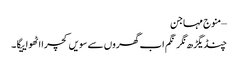
–منوج مہاجن
چنڈیگڑھ نگر نگم اب گھروں سے سویں کچرا اٹھواییگا۔